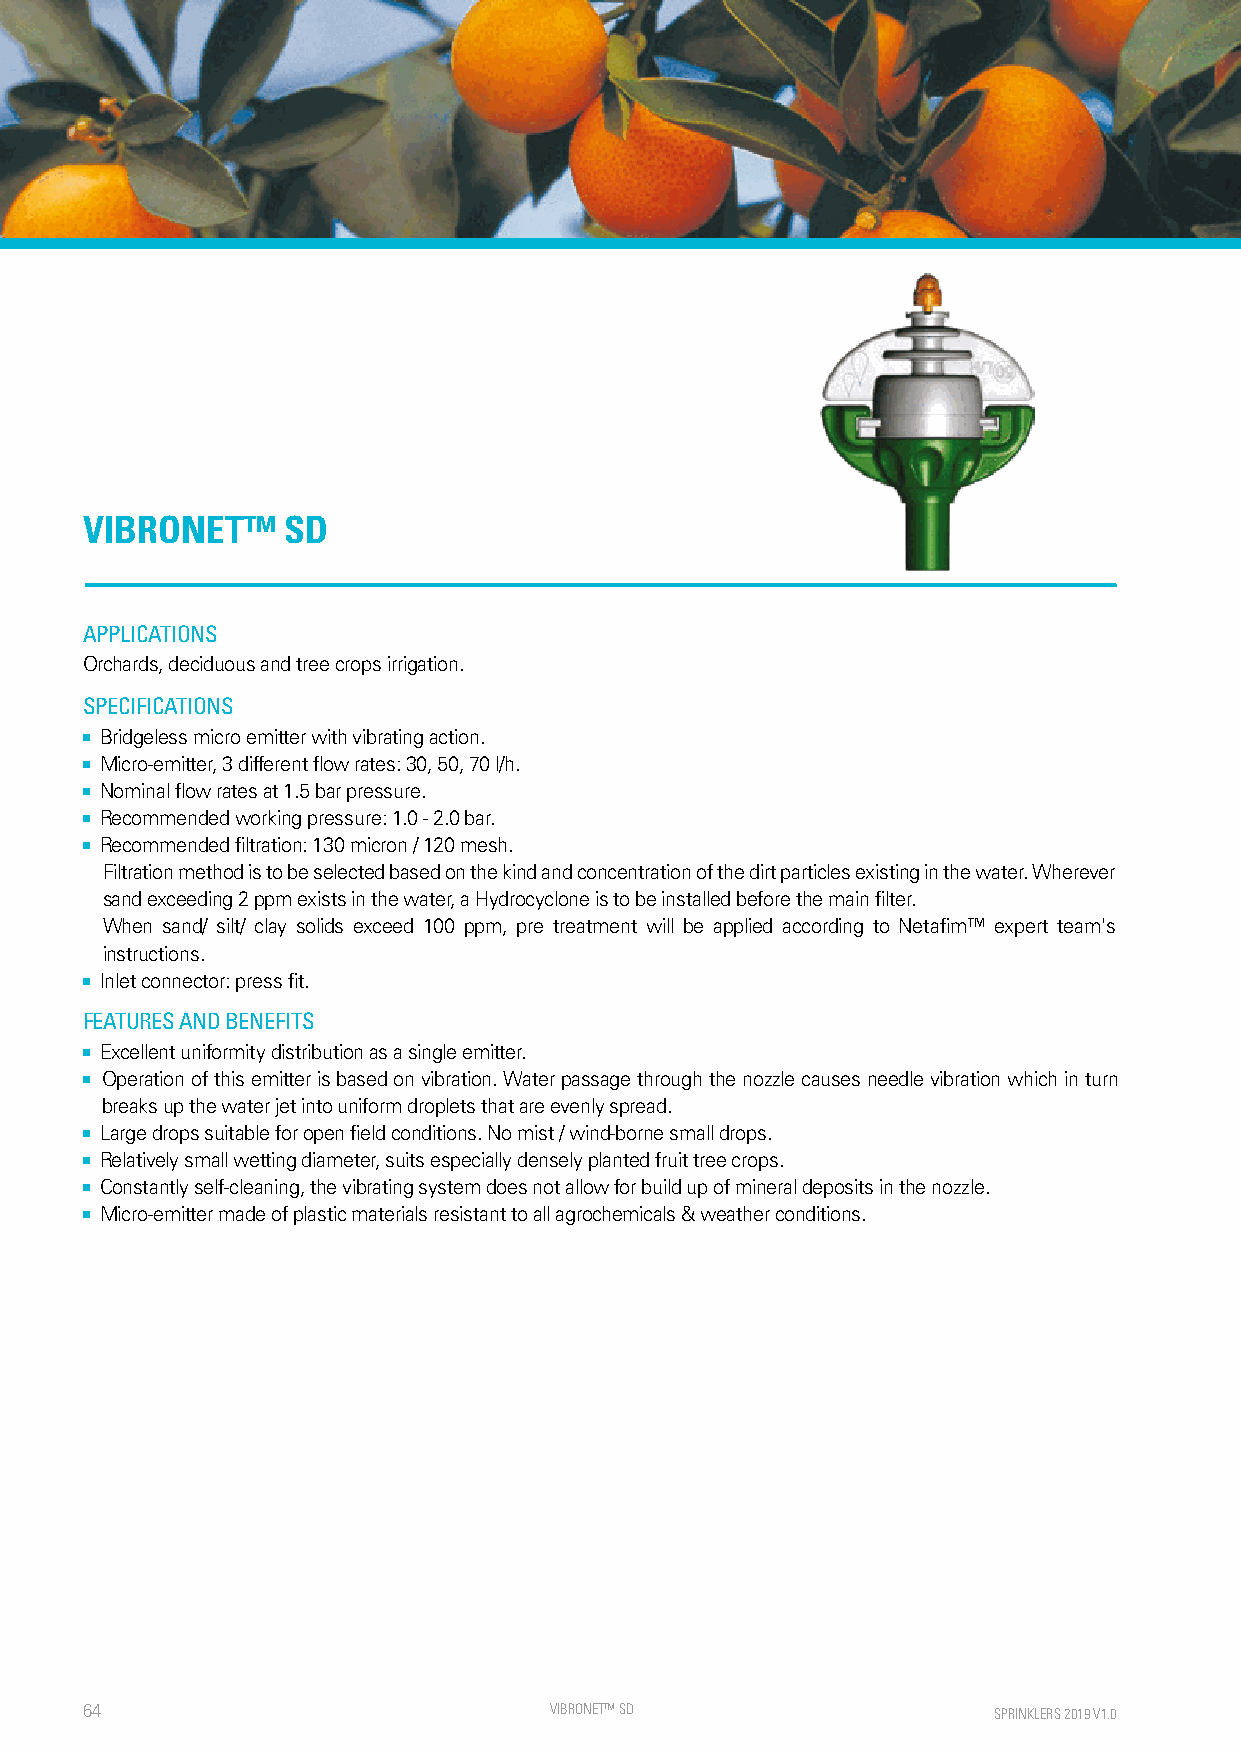
VIBRONET™     SD
 APPLICATIONS
 Orchards, deciduous and tree crops irrigation.
 SPECIFICATIONS
 ■ Bridgeless micro emitter with vibrating action.
 ■ Micro-emitter, 3 different flow rates: 30, 50, 70 l/h.
 ■ Nominal flow rates at 1.5 bar pressure.
 ■ Recommended working pressure: 1.0 - 2.0 bar.
 ■ Recommended filtration: 130 micron / 120 mesh.
 Filtration method is to be selected based on the kind and concentration of the dirt particles existing in the water. Wherever
 sand exceeding 2 ppm exists in the water, a Hydrocyclone is to be installed before the main filter.
 When sand/ silt/ clay solids exceed 100 ppm, pre treatment will be applied according to Netafim™ expert team's
 instructions.
 ■ Inlet connector: press fit.
 FEATURES AND BENEFITS
 ■ Excellent uniformity distribution as a single emitter.
 ■ Operation of this emitter is based on vibration. Water passage through the nozzle causes needle vibration which in turn
 breaks up the water jet into uniform droplets that are evenly spread.
 ■ Large drops suitable for open field conditions. No mist / wind-borne small drops.
 ■ Relatively small wetting diameter, suits especially densely planted fruit tree crops.
 ■ Constantly self-cleaning, the vibrating system does not allow for build up of mineral deposits in the nozzle.
 ■ Micro-emitter made of plastic materials resistant to all agrochemicals & weather conditions.
 64                             VIBRON ET™ SD                 SPRINKLERS 2019 V1.0